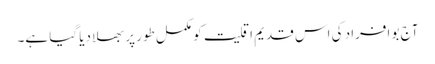
آج بو افراد کی اس قدیم اقلیت کو مکمل طور پر بھلا دیا گیا ہے۔